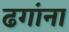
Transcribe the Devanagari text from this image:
ढगांना